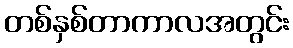
တစ်နှစ်တာကာလအတွင်း